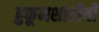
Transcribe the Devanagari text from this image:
हुकूमशाहीची